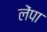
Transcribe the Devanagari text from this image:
लेंपा